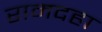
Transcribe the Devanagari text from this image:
रामदहा